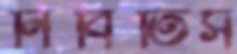
নিবিতিস